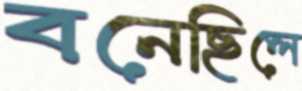
বনেছিলে